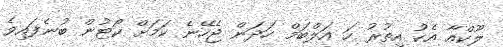
ލޫކްއާ އެކު އިތުރު ހަ އަލްބަމް ހަދަން ޖެހޭނެ ކަމަށް ކޯޓުން ބުނެފައިވެ